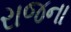
રાજના